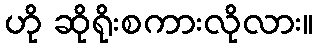
ဟို ဆိုရိုးစကားလိုလား။